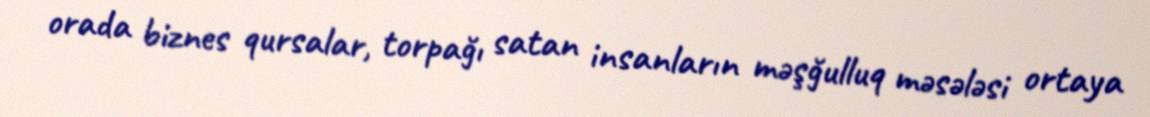
orada biznes qursalar, torpağı satan insanların məşğulluq məsələsi ortaya